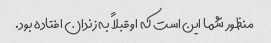
منظور شما این است که او قبلاً به زندان افتاده بود.